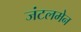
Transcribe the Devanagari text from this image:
जंटलमेन